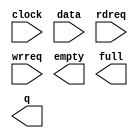
// megafunction wizard: %LPM_FIFO+%VBB%
// GENERATION: STANDARD
// VERSION: WM1.0
// MODULE: scfifo 

// ============================================================
// Megafunction Name(s):
// 			scfifo
// ============================================================
// ************************************************************
// THIS IS A WIZARD-GENERATED FILE. DO NOT EDIT THIS FILE!
//
// 6.0 Build 202 06/20/2006 SP 1 SJ Web Edition
// ************************************************************

//Copyright (C) 1991-2006 Altera Corporation
//Your use of Altera Corporation's design tools, logic functions 
//and other software and tools, and its AMPP partner logic 
//functions, and any output files any of the foregoing 
//(including device programming or simulation files), and any 
//associated documentation or information are expressly subject 
//to the terms and conditions of the Altera Program License 
//Subscription Agreement, Altera MegaCore Function License 
//Agreement, or other applicable license agreement, including, 
//without limitation, that your use is for the sole purpose of 
//programming logic devices manufactured by Altera and sold by 
//Altera or its authorized distributors.  Please refer to the 
//applicable agreement for further details.

module dcfifo3 (
	clock,
	data,
	rdreq,
	wrreq,
	empty,
	full,
	q);

	input	  clock;
	input	[7:0]  data;
	input	  rdreq;
	input	  wrreq;
	output	  empty;
	output	  full;
	output	[7:0]  q;

endmodule

// ============================================================
// CNX file retrieval info
// ============================================================
// Retrieval info: PRIVATE: AlmostEmpty NUMERIC "0"
// Retrieval info: PRIVATE: AlmostEmptyThr NUMERIC "-1"
// Retrieval info: PRIVATE: AlmostFull NUMERIC "0"
// Retrieval info: PRIVATE: AlmostFullThr NUMERIC "-1"
// Retrieval info: PRIVATE: CLOCKS_ARE_SYNCHRONIZED NUMERIC "1"
// Retrieval info: PRIVATE: Clock NUMERIC "0"
// Retrieval info: PRIVATE: Depth NUMERIC "1024"
// Retrieval info: PRIVATE: Empty NUMERIC "1"
// Retrieval info: PRIVATE: Full NUMERIC "1"
// Retrieval info: PRIVATE: INTENDED_DEVICE_FAMILY STRING "Cyclone II"
// Retrieval info: PRIVATE: LE_BasedFIFO NUMERIC "0"
// Retrieval info: PRIVATE: LegacyRREQ NUMERIC "0"
// Retrieval info: PRIVATE: MAX_DEPTH_BY_9 NUMERIC "0"
// Retrieval info: PRIVATE: OVERFLOW_CHECKING NUMERIC "0"
// Retrieval info: PRIVATE: Optimize NUMERIC "1"
// Retrieval info: PRIVATE: RAM_BLOCK_TYPE NUMERIC "0"
// Retrieval info: PRIVATE: UNDERFLOW_CHECKING NUMERIC "0"
// Retrieval info: PRIVATE: UsedW NUMERIC "0"
// Retrieval info: PRIVATE: Width NUMERIC "8"
// Retrieval info: PRIVATE: dc_aclr NUMERIC "0"
// Retrieval info: PRIVATE: rsEmpty NUMERIC "1"
// Retrieval info: PRIVATE: rsFull NUMERIC "0"
// Retrieval info: PRIVATE: rsUsedW NUMERIC "0"
// Retrieval info: PRIVATE: sc_aclr NUMERIC "0"
// Retrieval info: PRIVATE: sc_sclr NUMERIC "0"
// Retrieval info: PRIVATE: wsEmpty NUMERIC "0"
// Retrieval info: PRIVATE: wsFull NUMERIC "1"
// Retrieval info: PRIVATE: wsUsedW NUMERIC "0"
// Retrieval info: CONSTANT: ADD_RAM_OUTPUT_REGISTER STRING "ON"
// Retrieval info: CONSTANT: INTENDED_DEVICE_FAMILY STRING "Cyclone II"
// Retrieval info: CONSTANT: LPM_NUMWORDS NUMERIC "1024"
// Retrieval info: CONSTANT: LPM_SHOWAHEAD STRING "ON"
// Retrieval info: CONSTANT: LPM_TYPE STRING "scfifo"
// Retrieval info: CONSTANT: LPM_WIDTH NUMERIC "8"
// Retrieval info: CONSTANT: LPM_WIDTHU NUMERIC "10"
// Retrieval info: CONSTANT: OVERFLOW_CHECKING STRING "ON"
// Retrieval info: CONSTANT: UNDERFLOW_CHECKING STRING "ON"
// Retrieval info: CONSTANT: USE_EAB STRING "ON"
// Retrieval info: USED_PORT: clock 0 0 0 0 INPUT NODEFVAL clock
// Retrieval info: USED_PORT: data 0 0 8 0 INPUT NODEFVAL data[7..0]
// Retrieval info: USED_PORT: empty 0 0 0 0 OUTPUT NODEFVAL empty
// Retrieval info: USED_PORT: full 0 0 0 0 OUTPUT NODEFVAL full
// Retrieval info: USED_PORT: q 0 0 8 0 OUTPUT NODEFVAL q[7..0]
// Retrieval info: USED_PORT: rdreq 0 0 0 0 INPUT NODEFVAL rdreq
// Retrieval info: USED_PORT: wrreq 0 0 0 0 INPUT NODEFVAL wrreq
// Retrieval info: CONNECT: @data 0 0 8 0 data 0 0 8 0
// Retrieval info: CONNECT: q 0 0 8 0 @q 0 0 8 0
// Retrieval info: CONNECT: @wrreq 0 0 0 0 wrreq 0 0 0 0
// Retrieval info: CONNECT: @rdreq 0 0 0 0 rdreq 0 0 0 0
// Retrieval info: CONNECT: @clock 0 0 0 0 clock 0 0 0 0
// Retrieval info: CONNECT: full 0 0 0 0 @full 0 0 0 0
// Retrieval info: CONNECT: empty 0 0 0 0 @empty 0 0 0 0
// Retrieval info: LIBRARY: altera_mf altera_mf.altera_mf_components.all
// Retrieval info: GEN_FILE: TYPE_NORMAL dcfifo3.v TRUE
// Retrieval info: GEN_FILE: TYPE_NORMAL dcfifo3.inc FALSE
// Retrieval info: GEN_FILE: TYPE_NORMAL dcfifo3.cmp FALSE
// Retrieval info: GEN_FILE: TYPE_NORMAL dcfifo3.bsf TRUE FALSE
// Retrieval info: GEN_FILE: TYPE_NORMAL dcfifo3_inst.v FALSE
// Retrieval info: GEN_FILE: TYPE_NORMAL dcfifo3_bb.v TRUE
// Retrieval info: GEN_FILE: TYPE_NORMAL dcfifo3_waveforms.html TRUE
// Retrieval info: GEN_FILE: TYPE_NORMAL dcfifo3_wave*.jpg FALSE